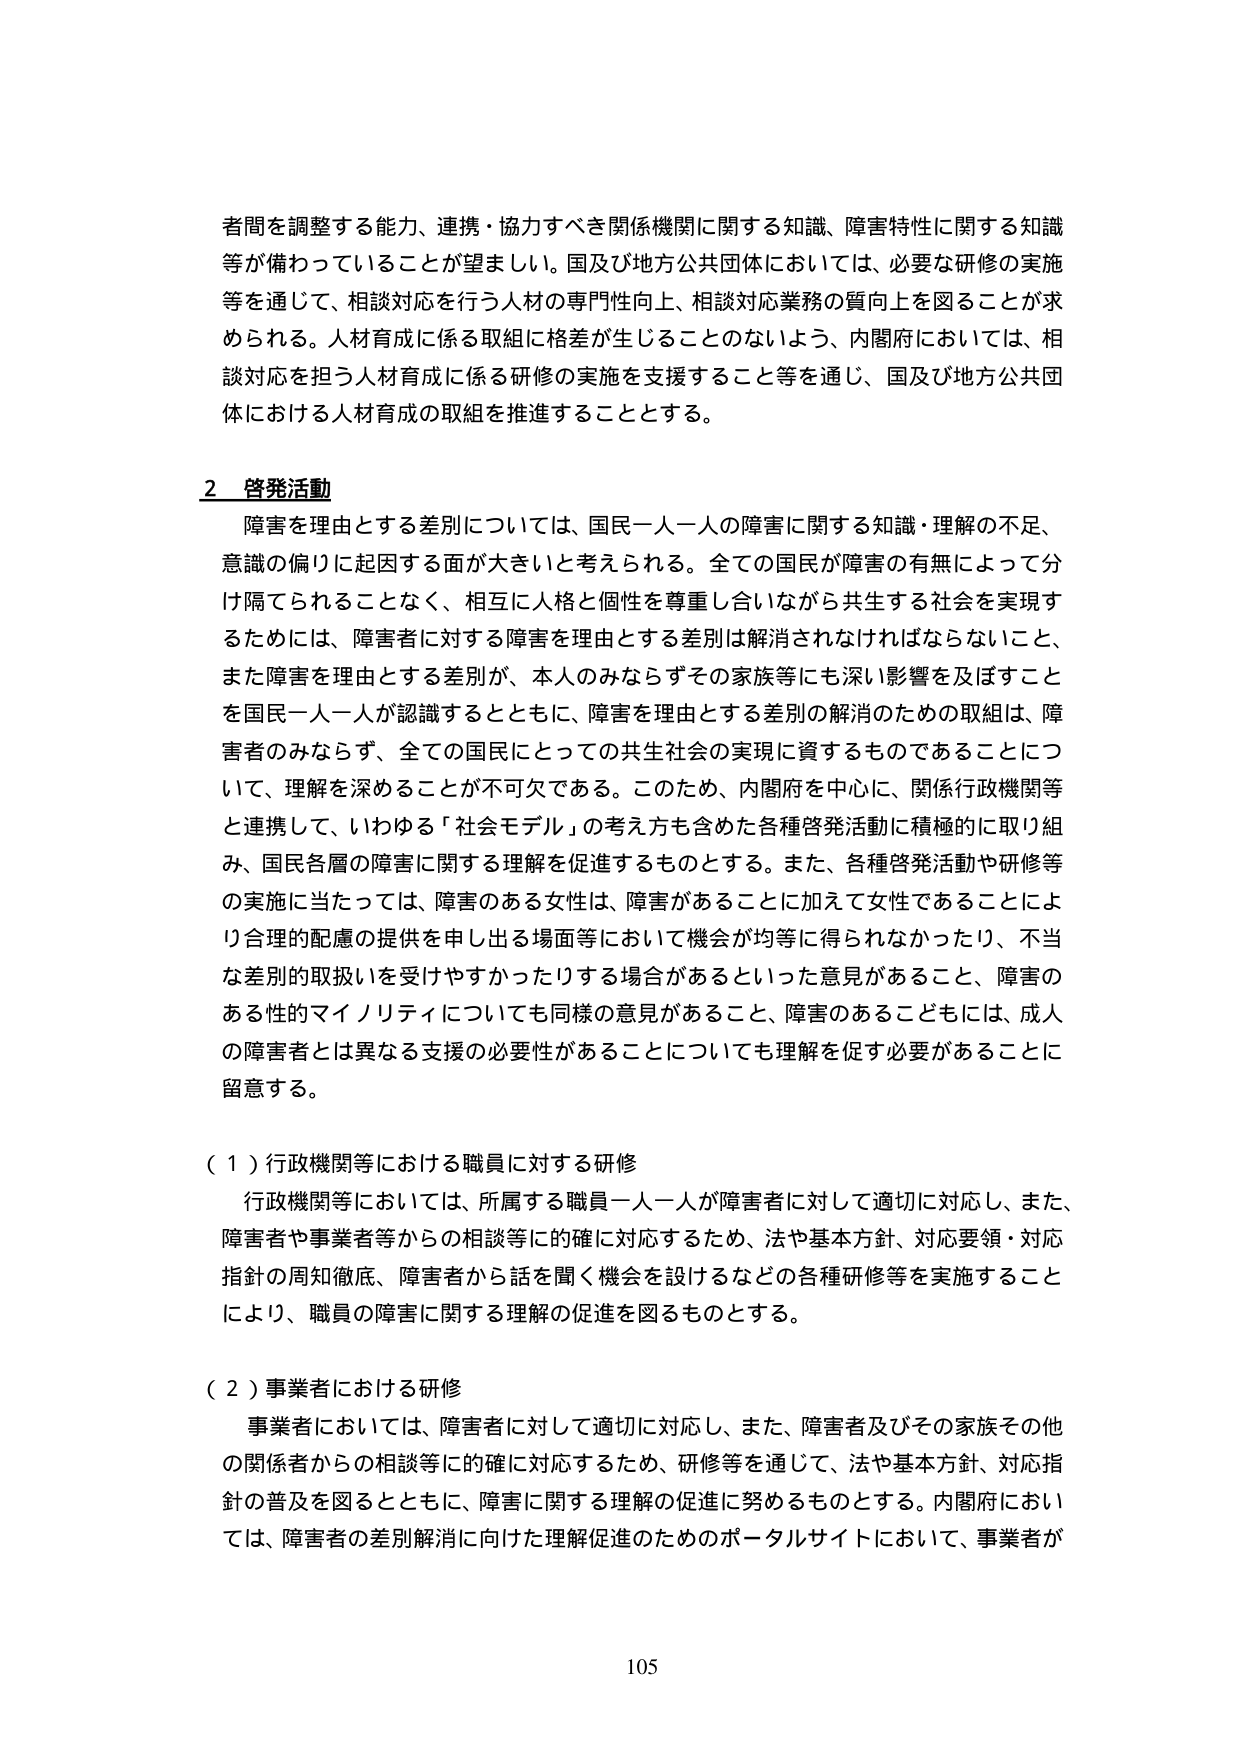
者問を調整する能力、連携・協力すべき関係機関に関する知識、障害特性に関する知識等が備わっていることが望ましい。国及び地方公共団体においては、必要な研修の実施等を通じて、相談対応を行う人材の専門性向上、相談対応業務の質向上を図ることが求められる。人材育成に係る取組に格差が生じることのないよう、内閣府においては、相談対応を担う人材育成に係る研修の実施を支援すること等を通じ、国及び地方公共団体における人材育成の取組を推進することとする。

2 啓発活動
障害を理由とする差別については、国民一人一人の障害に関する知識・理解の不足、意識の偏りに起因する面が大きいと考えられる。全ての国民が障害の有無によって分け隔てられることなく、相互に人格と個性を尊重し合いながら共生する社会を実現するためには、障害者に対する障害を理由とする差別は解消されなければならないこと、また障害を理由とする差別が、本人のみならずその家族等にも深い影響を及ぼすことを国民一人一人が認識するとともに、障害を理由とする差別の解消のための取組は、障害者のみならず、全ての国民にとっての共生社会の実現に資するものであることについて、理解を深めることが不可欠である。このため、内閣府を中心に、関係行政機関等と連携して、いわゆる「社会モデル」の考え方も含めた各種啓発活動に積極的に取り組み、国民各層の障害に関する理解を促進するものとする。また、各種啓発活動や研修等の実施に当たっては、障害のある女性は、障害があることに加えて女性であることにより合理的配慮の提供を申し出る場面等において機会が均等に得られなかったり、不当な差別の取扱いを受けやすかったりする場合があるといった意見があること、障害のある性的マイノリティについても同様の意見があること、障害のあるこどもには、成人の障害者とは異なる支援の必要性があることについても理解を促す必要があることに留意する。

（１）行政機関等における職員に対する研修
行政機関等においては、所属する職員一人一人が障害者に対して適切に対応し、また、障害者や事業者等からの相談等に的確に対応するため、法や基本方針、対応要領・対応指針の周知徹底、障害者から話を聞く機会を設けるなどの各種研修等を実施することにより、職員の障害に関する理解の促進を図るものとする。

（２）事業者における研修
事業者においては、障害者に対して適切に対応し、また、障害者及びその家族その他の関係者からの相談等に的確に対応するため、研修等を通じて、法や基本方針、対応指針の普及を図るとともに、障害に関する理解の促進に努めるものとする。内閣府においては、障害者の差別解消に向けた理解促進のためのポータルサイトにおいて、事業者が

105